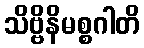
သိဗ္ဗိနိမစ္စဂါတိ